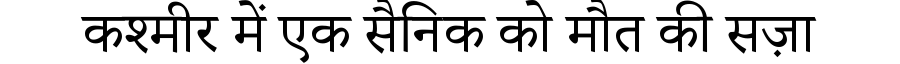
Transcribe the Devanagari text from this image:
कश्मीर में एक सैनिक को मौत की सज़ा